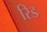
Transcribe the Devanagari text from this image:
रिड